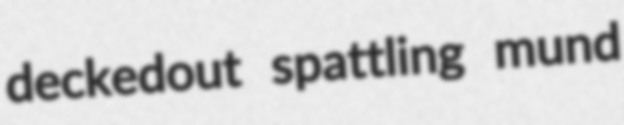
deckedout spattling mund